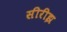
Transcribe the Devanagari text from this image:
सीरीझ